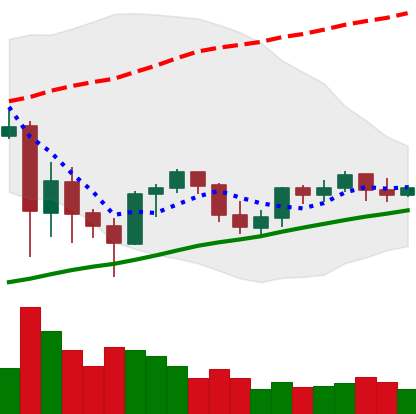
Ticker: ETH-USD
Chart end date: 2021-06-06
Forward return: -13.308%
Label: down_7plus